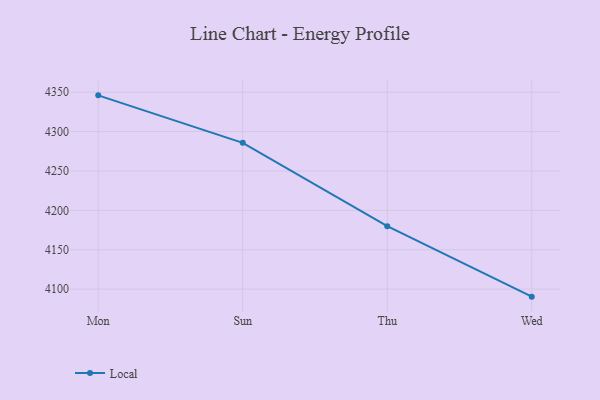
{"axis": {"x": "Day", "y": "Net Income (USD K)"}, "legend": ["Local"], "data": [{"x": "Mon", "y": 4346.0, "type": "Local"}, {"x": "Sun", "y": 4285.7, "type": "Local"}, {"x": "Thu", "y": 4180.0, "type": "Local"}, {"x": "Wed", "y": 4090.5, "type": "Local"}]}